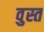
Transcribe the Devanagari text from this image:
वुस्त